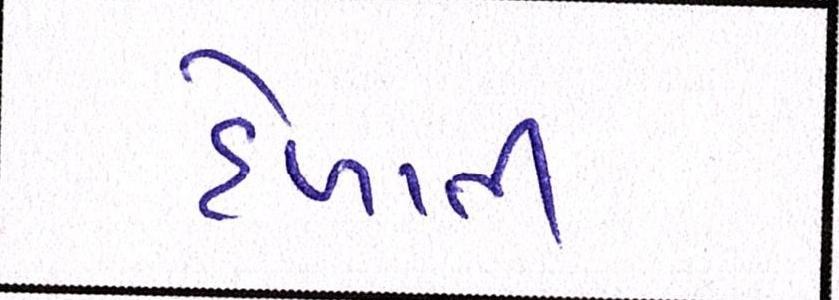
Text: દેખાતી